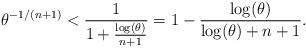
LaTeX: \begin{align*} \theta^{-1/(n+1)}<\frac{1}{1+\frac{\log(\theta)}{n+1}}=1-\frac{\log(\theta)}{\log(\theta)+n+1}.\end{align*}